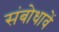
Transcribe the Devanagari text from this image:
संबोधावें